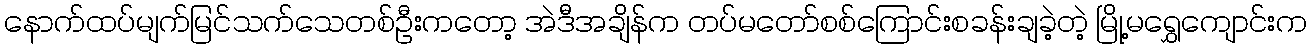
နောက်ထပ်မျက်မြင်သက်သေတစ်ဦးကတော့ အဲဒီအချိန်က တပ်မတော်စစ်ကြောင်းစခန်းချခဲ့တဲ့ မြို့မရွှေကျောင်းက